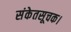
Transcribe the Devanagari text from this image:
संकेतसूचक।